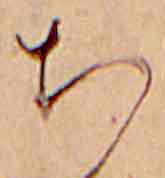
ち